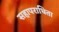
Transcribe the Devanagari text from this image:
सहापराधिता